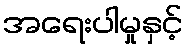
အရေးပါမှုနှင့်